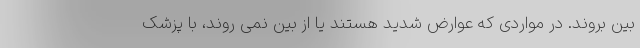
بین بروند. در مواردی که عوارض شدید هستند یا از بین نمی روند، با پزشک